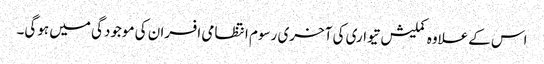
اس کےعلاوہ کملیش تیواری کی آخری رسوم انتظامی افسران کی موجودگی میں ہوگی۔